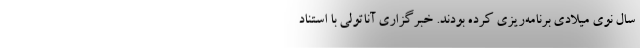
سال نوی میلادی برنامه‌ریزی کرده بودند. خبرگزاری آناتولی با استناد